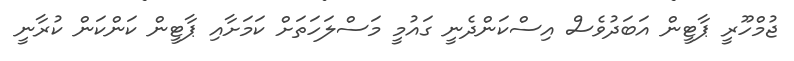
ޖުމްހޫރީ ޕާޓީން އަބަދުވެސް އިސްކަންދެނީ ގައުމީ މަސްލަހަތަށް ކަމަށާއި ޕާޓީން ކަންކަން ކުރާނީ